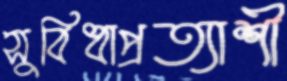
সুবিধাপ্রত্যাশী